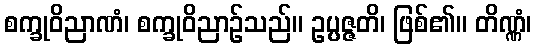
စက္ခုဝိညာဏံ၊ စက္ခုဝိညာဉ်သည်။ ဥပ္ပဇ္ဇတိ၊ ဖြစ်၏။ တိဏ္ဏံ၊